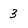
Character: 3